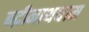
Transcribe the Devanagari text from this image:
बद्रीनाथधाम